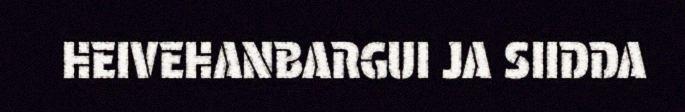
HEIVEHANBARGUI JA SIIDDA